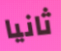
ثانيا